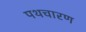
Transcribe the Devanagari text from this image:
पथचारण